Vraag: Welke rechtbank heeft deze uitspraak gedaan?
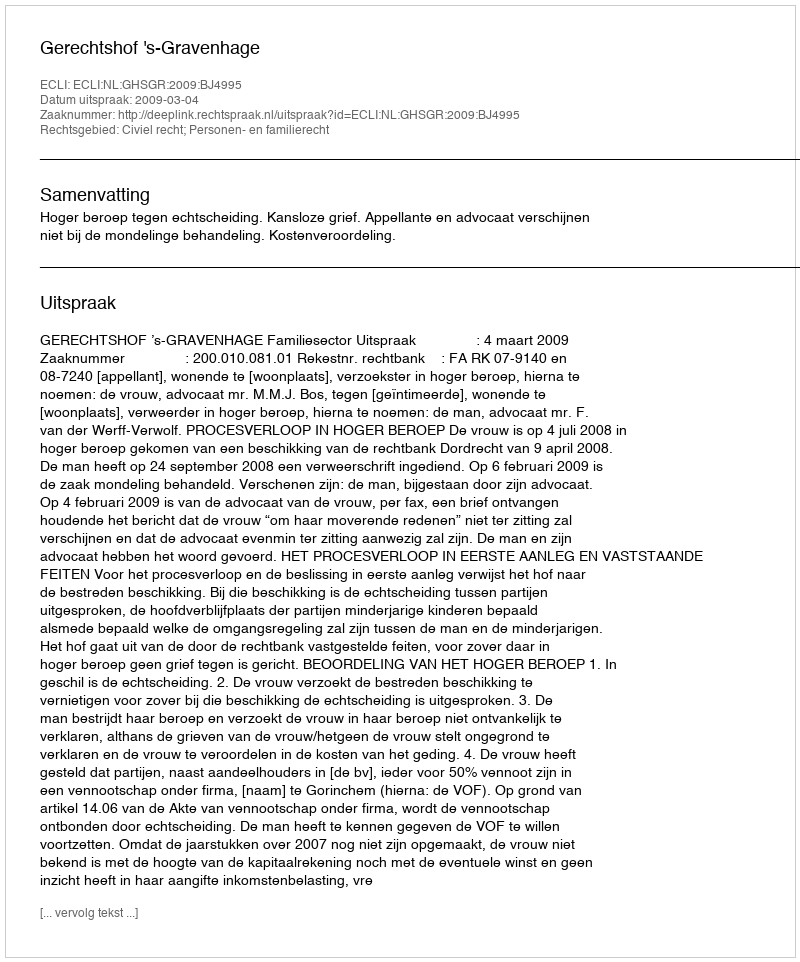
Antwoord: Gerechtshof 's-Gravenhage